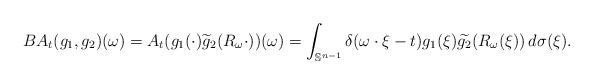
LaTeX: \begin{align*}BA_t(g_1,g_2)(\omega) = A_t(g_1(\cdot){\widetilde{g}_2(R_\omega\cdot)})(\omega) = \int_{\mathbb{S}^{n-1}} \delta(\omega\cdot \xi - t) g_1(\xi) {\widetilde{g_2}(R_\omega(\xi))}\, d\sigma(\xi). \end{align*}